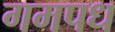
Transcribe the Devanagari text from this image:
गमपध